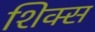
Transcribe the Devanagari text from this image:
शिक्स